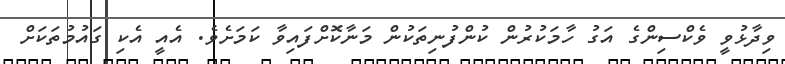
ވިދާޅުވީ ވެކްސިންގެ އަގު ހާމަކުރުން ކުންފުނިތަކުން މަނާކޮށްފައިވާ ކަމަށެވެ. އެއީ އެކި ގައުމުތަކަށް